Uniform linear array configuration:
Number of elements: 4
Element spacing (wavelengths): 0.75
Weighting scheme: exponential
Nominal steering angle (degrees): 0
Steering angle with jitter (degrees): -0.2439
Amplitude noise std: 0.05
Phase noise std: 0.05

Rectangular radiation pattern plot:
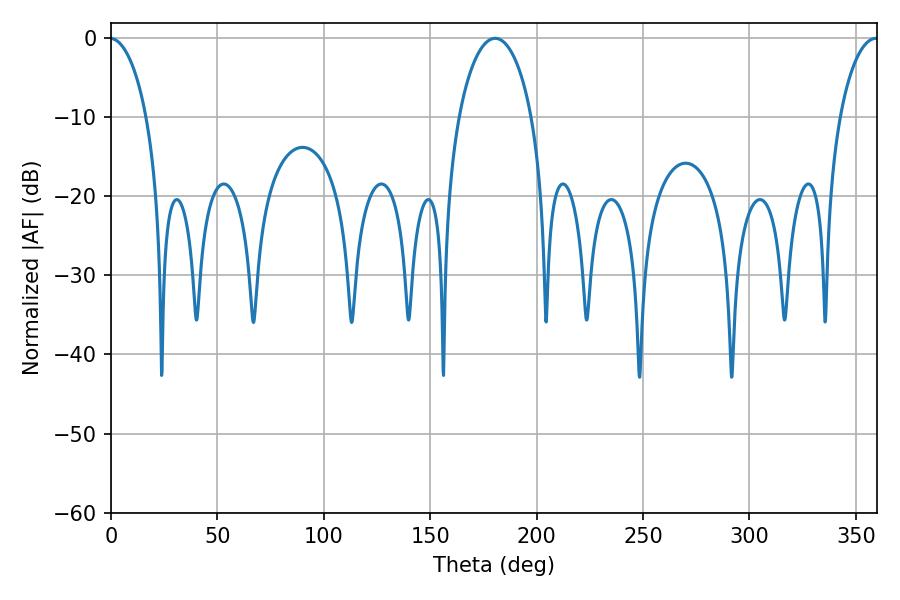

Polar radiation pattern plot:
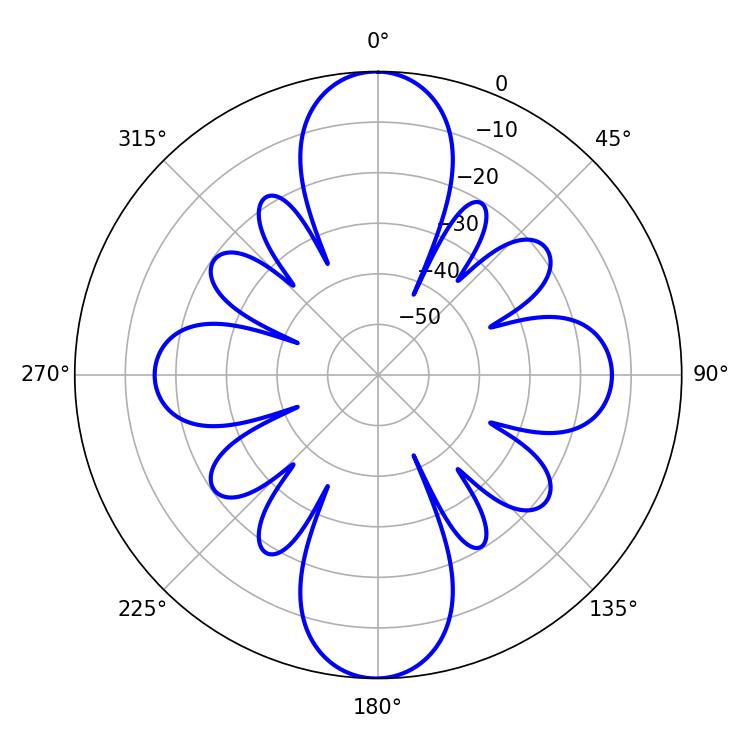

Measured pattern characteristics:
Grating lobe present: TRUE
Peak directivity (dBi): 30.427
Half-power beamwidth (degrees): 19.62
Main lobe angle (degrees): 180.54